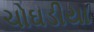
ચોઘડીયા